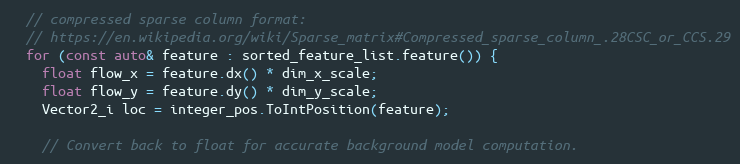
Language: C++
  // compressed sparse column format:
  // https://en.wikipedia.org/wiki/Sparse_matrix#Compressed_sparse_column_.28CSC_or_CCS.29
  for (const auto& feature : sorted_feature_list.feature()) {
    float flow_x = feature.dx() * dim_x_scale;
    float flow_y = feature.dy() * dim_y_scale;
    Vector2_i loc = integer_pos.ToIntPosition(feature);

    // Convert back to float for accurate background model computation.